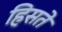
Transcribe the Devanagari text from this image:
हिसते